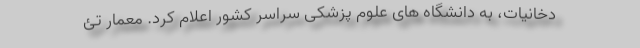
دخانیات، به دانشگاه های علوم پزشکی سراسر کشور اعلام کرد. معمار تئ